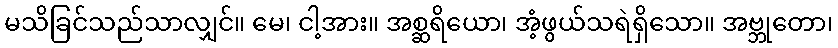
မသိခြင်သည်သာလျှင်။ မေ၊ ငါ့အား။ အစ္ဆရိယော၊ အံ့ဖွယ်သရဲရှိသော။ အဗ္ဘုတော၊